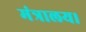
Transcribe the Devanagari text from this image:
मंत्रालय।